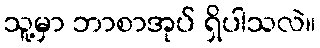
သူ့မှာ ဘာစာအုပ် ရှိပါသလဲ။